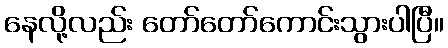
နေလို့လည်း တော်တော်ကောင်းသွားပါပြီ။